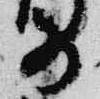
前